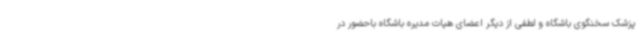
پزشک سخنگوی باشگاه و لطفی از دیگر اعضای هیات مدیره باشگاه باحضور در